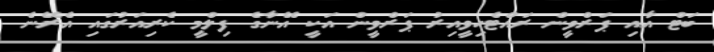
ބަޓް އާއި ޕަރްވީން ރައްޓެހިވީއިރު ޕަރްވީން އަކީ އޭނާގެ ފިލްމީ ކެރިއަރުގައި އެރޭނެ